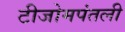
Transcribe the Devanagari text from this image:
टीजोमपंतली